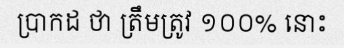
ប្រាកដ ថា ត្រឹមត្រូវ ១០០% នោះ